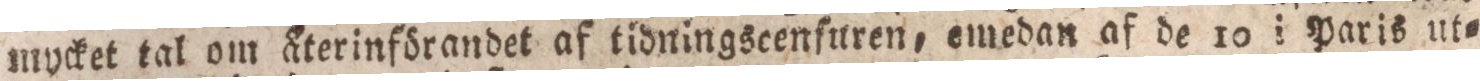
mycket tal om återinförandet af tidningscenfuren, emedan af de 10 i Paris ut=